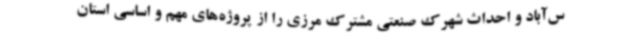
س‌آباد و احداث شهرک صنعتی مشترک مرزی را از پروژه‌های مهم و اساسی استان